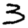
Digit: 3